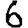
Digit: 6